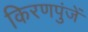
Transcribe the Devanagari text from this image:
किरणपुंजें